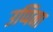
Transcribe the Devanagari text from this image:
उप्पिना